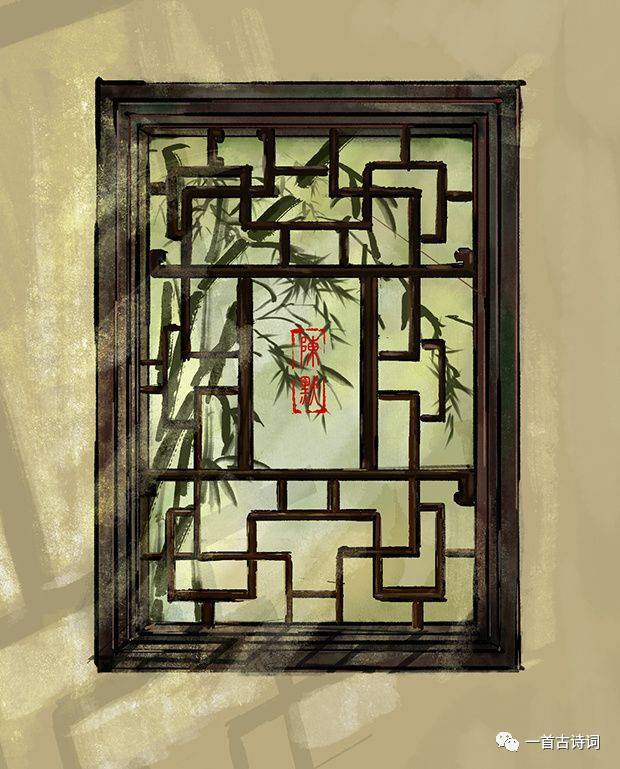
日射纱窗风撼扉，香罗拭手春事违。